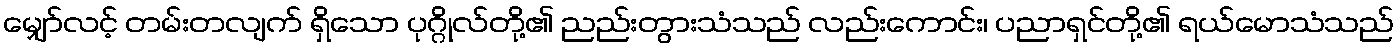
မျှော်လင့် တမ်းတလျက် ရှိသော ပုဂ္ဂိုလ်တို့၏ ညည်းတွားသံသည် လည်းကောင်း၊ ပညာရှင်တို့၏ ရယ်မောသံသည်